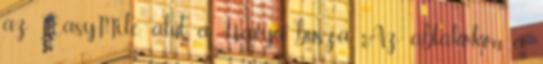
az EasyMile, alul a Navya busza. Az ablakokon a